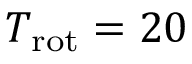
T _ { \mathrm { r o t } } = 2 0